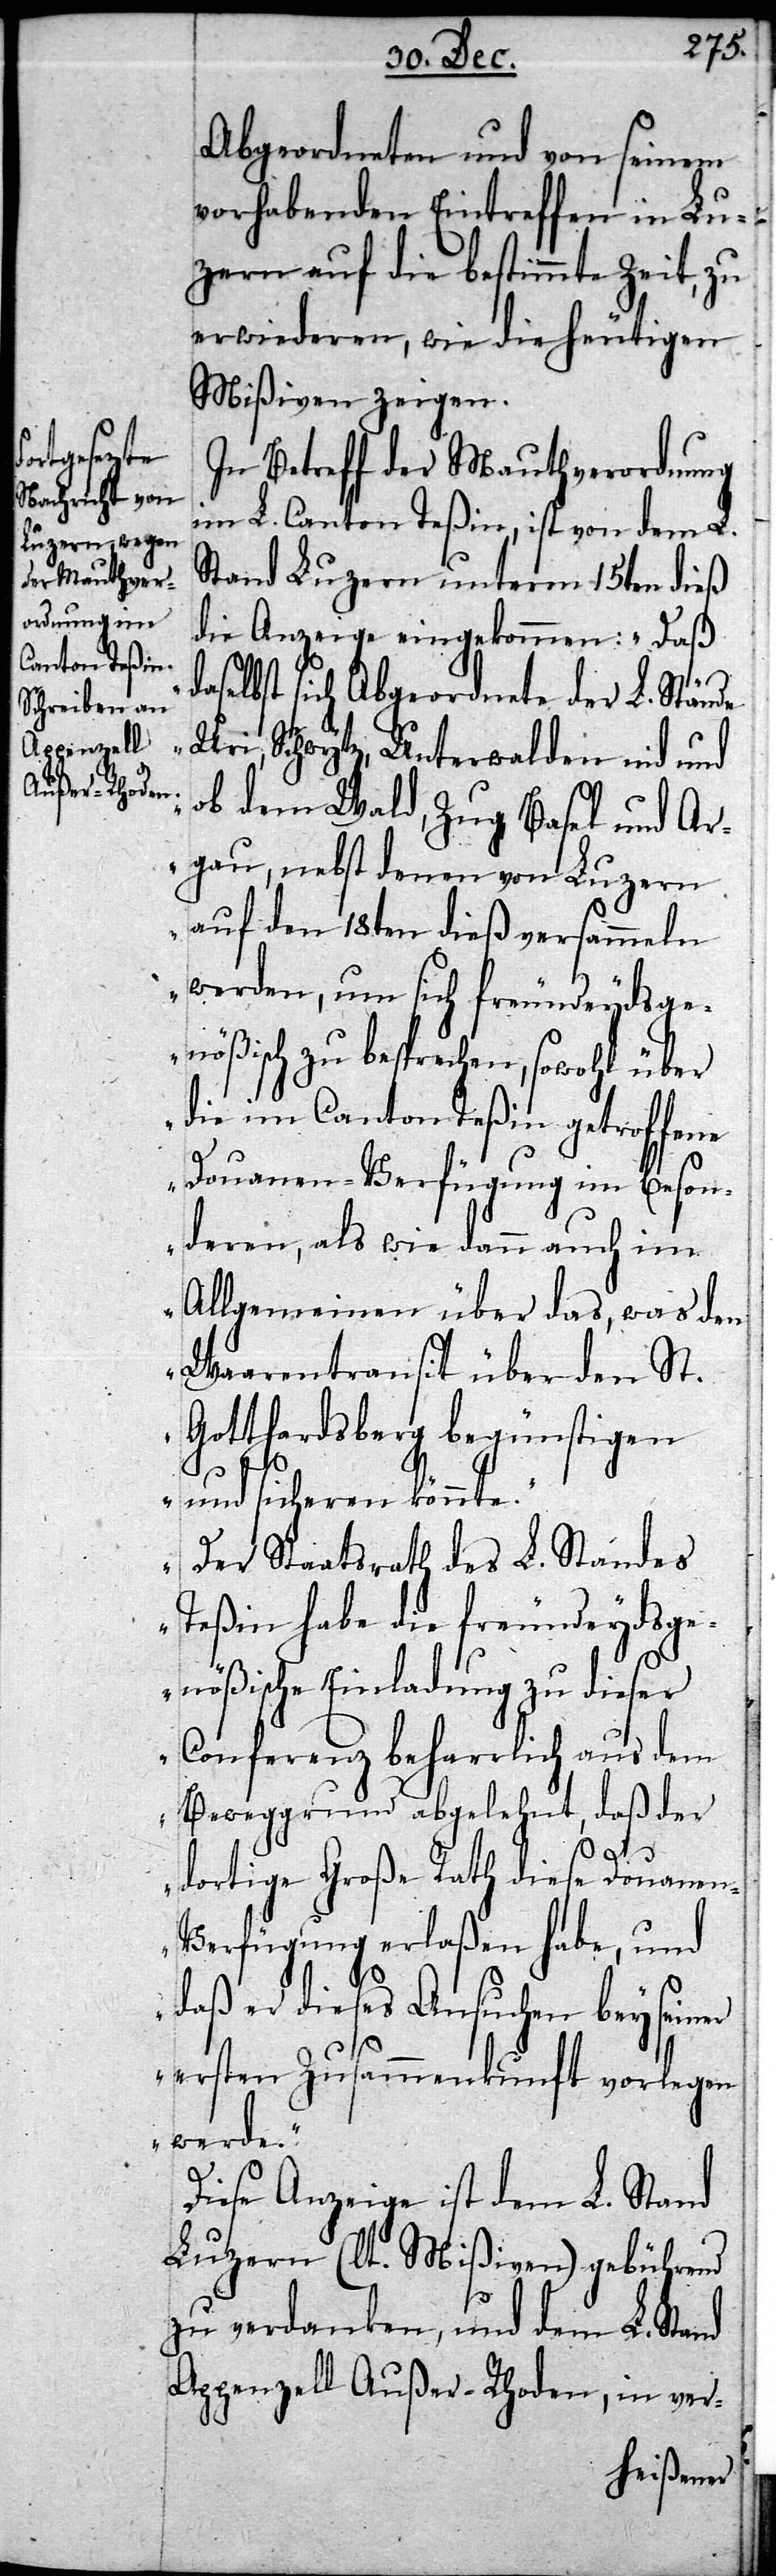
Abgeordneten und von seinem
vorhabenden Eintreffen in Lu¬
zern auf die bestimmte Zeit, zu
erwiederen, wie die heutigen
Mißiven zeigen.
In Betreff der Mauthverordnung
im L. Canton Teßin, ist von dem L.
Stand Luzern unterm 15ten dieß
die Anzeige eingekommen: „Daß
daselbst sich Abgeordnete der L. Stände
Uri, Schwytz, Unterwalden nid und
ob dem Wald, Zug, Basel und Ar¬
gau, nebst denen von Luzern
auf den 18ten dieß versammeln
werden, um sich freundseydsge¬
nößisch zu besprechen, sowohl über
die im Canton Teßin getroffene
Douanen-Verfügung im Beson¬
deren, als wie dann auch im
Allgemeinen über das, was den
Waarentransit über den St.
Gotthardsberg begünstigen
und sicheren könnte.
Der Staatsrath des L. Standes
Teßin habe die freundseydsge¬
nößische Einladung zu dieser
Conferenz beharrlich aus dem
Beweggrund abgelehnt, daß der
dortige Große Rath diese Douanen-V¬
erfügung erlaßen habe, und
daß er dieses Ansuchen bey seiner
ersten Zusammenkunft vorlegen
werde.“
Diese Anzeige ist dem L. Stand
Luzern (lt. Mißiven) gebührend
zu verdanken, und dem L. Stand
Appenzell Außer-Rhoden, in ver-